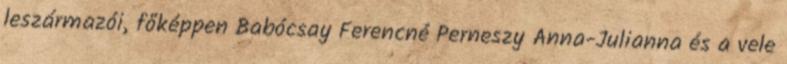
leszármazói, főképpen Babócsay Ferencné Perneszy Anna-Julianna és a vele